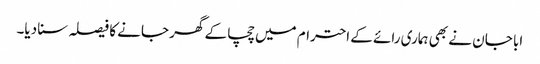
ابا جان نے بھی ہماری رائے کے احترام میں چچا کے گھر جانے کا فیصلہ سنا دیا۔